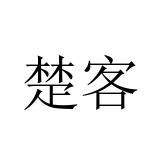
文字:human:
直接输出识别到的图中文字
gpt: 楚客